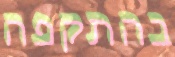
בהתקפה